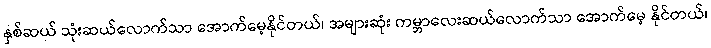
နှစ်ဆယ် သုံးဆယ်လောက်သာ အောက်မေ့နိုင်တယ်၊ အများဆုံး ကမ္ဘာလေးဆယ်လောက်သာ အောက်မေ့ နိုင်တယ်၊